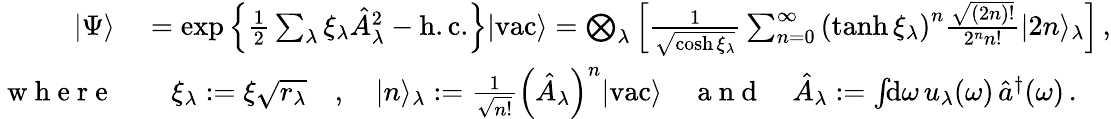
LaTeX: \begin{array}{rl}{|\Psi\rangle}&{{}=\exp\left\{ \frac{1}{2}\sum_{\lambda}\xi_{\lambda}\hat{A}_{\lambda}^{2}-\mathrm{h.c.}\right\} |\mathrm{vac}\rangle=\bigotimes_{\lambda}\left[\frac{1}{\sqrt{\cosh\xi_{\lambda}}}\sum_{n=0}^{\infty}\left(\operatorname{tanh}\xi_{\lambda}\right)^{n}\frac{\sqrt{(2n)!}}{2^{n}n!}|2n\rangle_{\lambda}\right]\, ,}\\ {\mathrm{~w~h~e~r~e~}}&{{}\quad\xi_{\lambda}:=\xi\sqrt{r_{\lambda}}\quad,\quad|n\rangle_{\lambda}:=\frac{1}{\sqrt{n!}}\left(\hat{A}_{\lambda}\right)^{n}|\mathrm{vac}\rangle\quad\mathrm{~a~n~d~}\quad\hat{A}_{\lambda}:=\int\! \! \mathrm{d}\omega\, u_{\lambda}(\omega)\, \hat{a}^{\dagger}(\omega)\, .}\end{array}